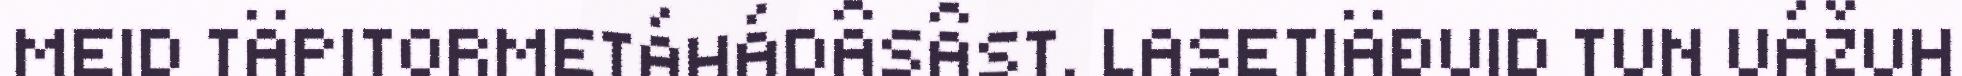
MEID TÄPITORMETÁHÁDÂSÂST. LASETIÄĐUID TUN UÁŽUH